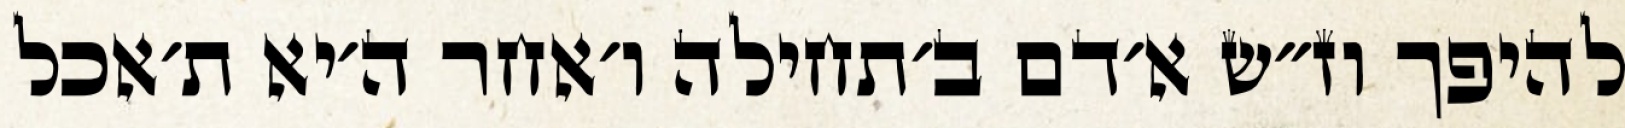
להיפך וז״ש א׳דם ב׳תחילה ו׳אחר ה׳יא ת׳אכל